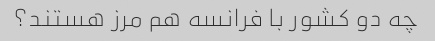
چه دو کشور با فرانسه هم مرز هستند؟